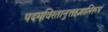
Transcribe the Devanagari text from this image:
पदमविरतानुत्तरज्ञाप्तिरूपं